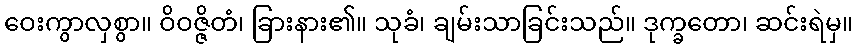
ဝေးကွာလှစွာ။ ဝိဝဇ္ဇိတံ၊ ခြားနား၏။ သုခံ၊ ချမ်းသာခြင်းသည်။ ဒုက္ခတော၊ ဆင်းရဲမှ။